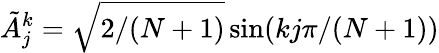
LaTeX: \tilde{A}_{j}^{k}=\sqrt{2/(N+1)}\sin(kj\pi/(N+1))